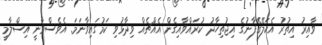
ވާއިރު އިތުރު އެކަލޭގެފާނުގެ އިޖުތިހާދު ކުރައްވާއިގެން އެއްޗެއް ވިދާޅުވި ކަމުގައިވާނަމަ